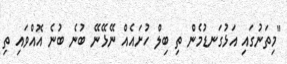
"މިތަނުގައި އަޅުގަނޑުމެން ތި ބިލް ހުށައެއް ނޭޅޭނޭ ބުނެ ބުނެ އޮއްވައި ތި